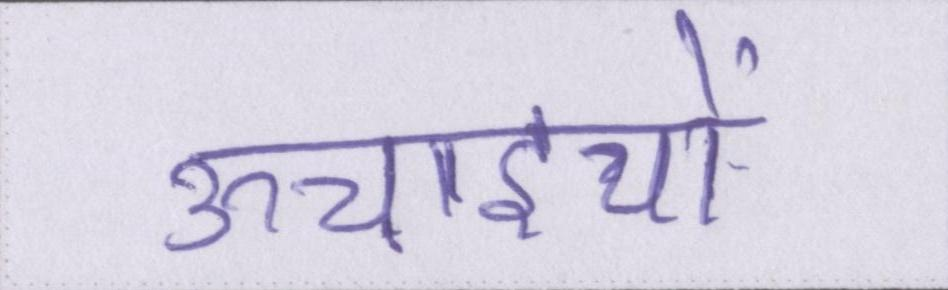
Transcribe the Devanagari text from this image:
ऊचाइयों